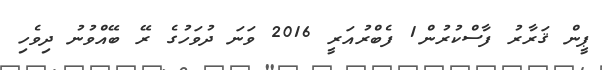
ޕީން ޤަރާރު ފާސްކުރުން1 ފެބްރުއަރީ 2016 ވަނަ ދުވަހުގެ ރޭ ބޭއްވުނު ދިވެހި